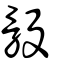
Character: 骰